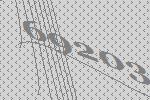
69203